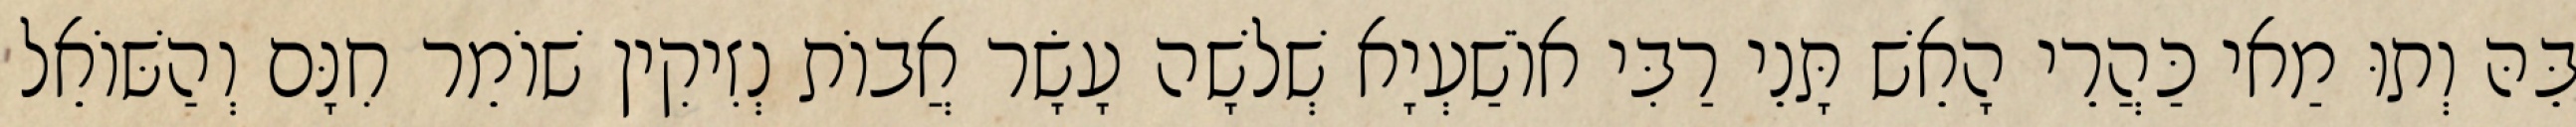
בֵּהּ וְתוּ מַאי כַּהֲרֵי הָאֵשׁ תָּנֵי רַבִּי אוֹשַׁעְיָא שְׁלֹשָׁה עָשָׂר אֲבוֹת נְזִיקִין שׁוֹמֵר חִנָּם וְהַשּׁוֹאֵל